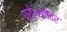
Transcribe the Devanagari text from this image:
प्रो॰सतेंदर